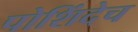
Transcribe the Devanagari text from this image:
पोशिंदेच